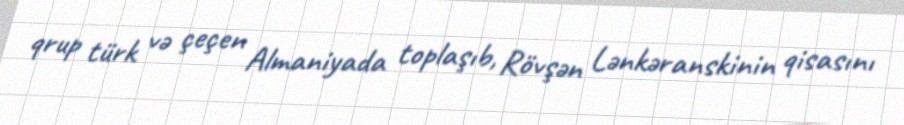
qrup türk və çeçen Almaniyada toplaşıb, Rövşən Lənkəranskinin qisasını